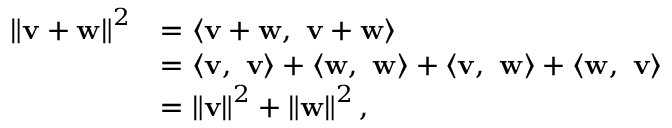
{ \begin{array} { r l } { \left\| \mathbf { v } + \mathbf { w } \right\| ^ { 2 } } & { = \langle \mathbf { v + w } , \ \mathbf { v + w } \rangle } \\ & { = \langle \mathbf { v } , \ \mathbf { v } \rangle + \langle \mathbf { w } , \ \mathbf { w } \rangle + \langle \mathbf { v , \ w } \rangle + \langle \mathbf { w , \ v } \rangle } \\ & { = \left\| \mathbf { v } \right\| ^ { 2 } + \left\| \mathbf { w } \right\| ^ { 2 } , } \end{array} }